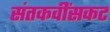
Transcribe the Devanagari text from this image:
संतकवींसकट